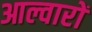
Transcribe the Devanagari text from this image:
आल्वारों